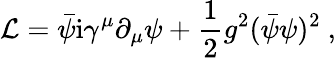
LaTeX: {\cal L}=\bar{\psi}\mathrm{i}\gamma^{\mu}\partial_{\mu}\psi+\frac{1}{2}g^{2}(\bar{\psi}\psi)^{2}\ ,